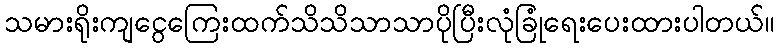
သမားရိုးကျငွေကြေးထက်သိသိသာသာပိုပြီးလုံခြုံရေးပေးထားပါတယ်။